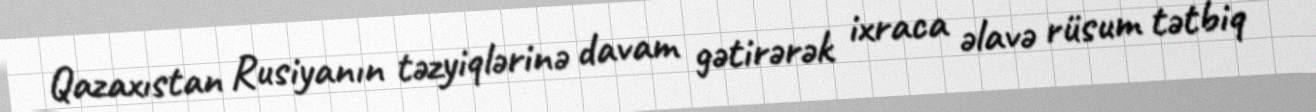
Qazaxıstan Rusiyanın təzyiqlərinə davam gətirərək ixraca əlavə rüsum tətbiq